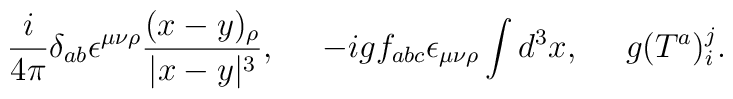
{i\over 4\pi} \delta_{ab}\epsilon^{\mu\nu\rho}{(x-y)_\rho\over |x-y|^3}, \,\,\,\,\,\,\,\,-i g f_{abc} \epsilon_{\mu\nu\rho} \int d^3x , \,\,\,\,\,\,\,\,g (T^a)_i^j.